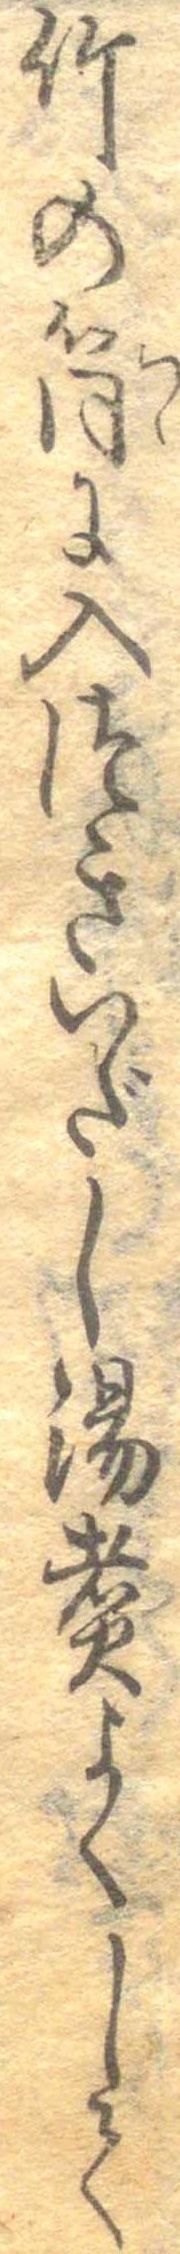
竹の筒に入つきいだし湯煮よくして